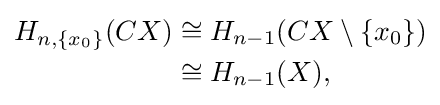
{\begin{aligned}H_{n,\{x_{0}\}}(CX)&\cong H_{n-1}(CX\setminus \{x_{0}\})\\&\cong H_{n-1}(X),\end{aligned}}